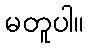
မတူပါ။